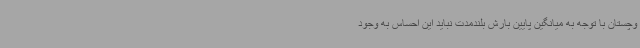
وچستان با توجه به میانگین پایین بارش بلندمدت نباید این احساس به وجود